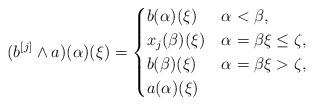
\begin{align*} (b^{[j]} \wedge a)(\alpha)(\xi)=\begin{cases} b(\alpha)(\xi) & \alpha<\beta,\\ x_j(\beta)(\xi) & \alpha=\beta\xi\le \zeta,\\ b(\beta)(\xi) & \alpha=\beta\xi> \zeta,\\ a(\alpha)(\xi)& \end{cases} \end{align*}